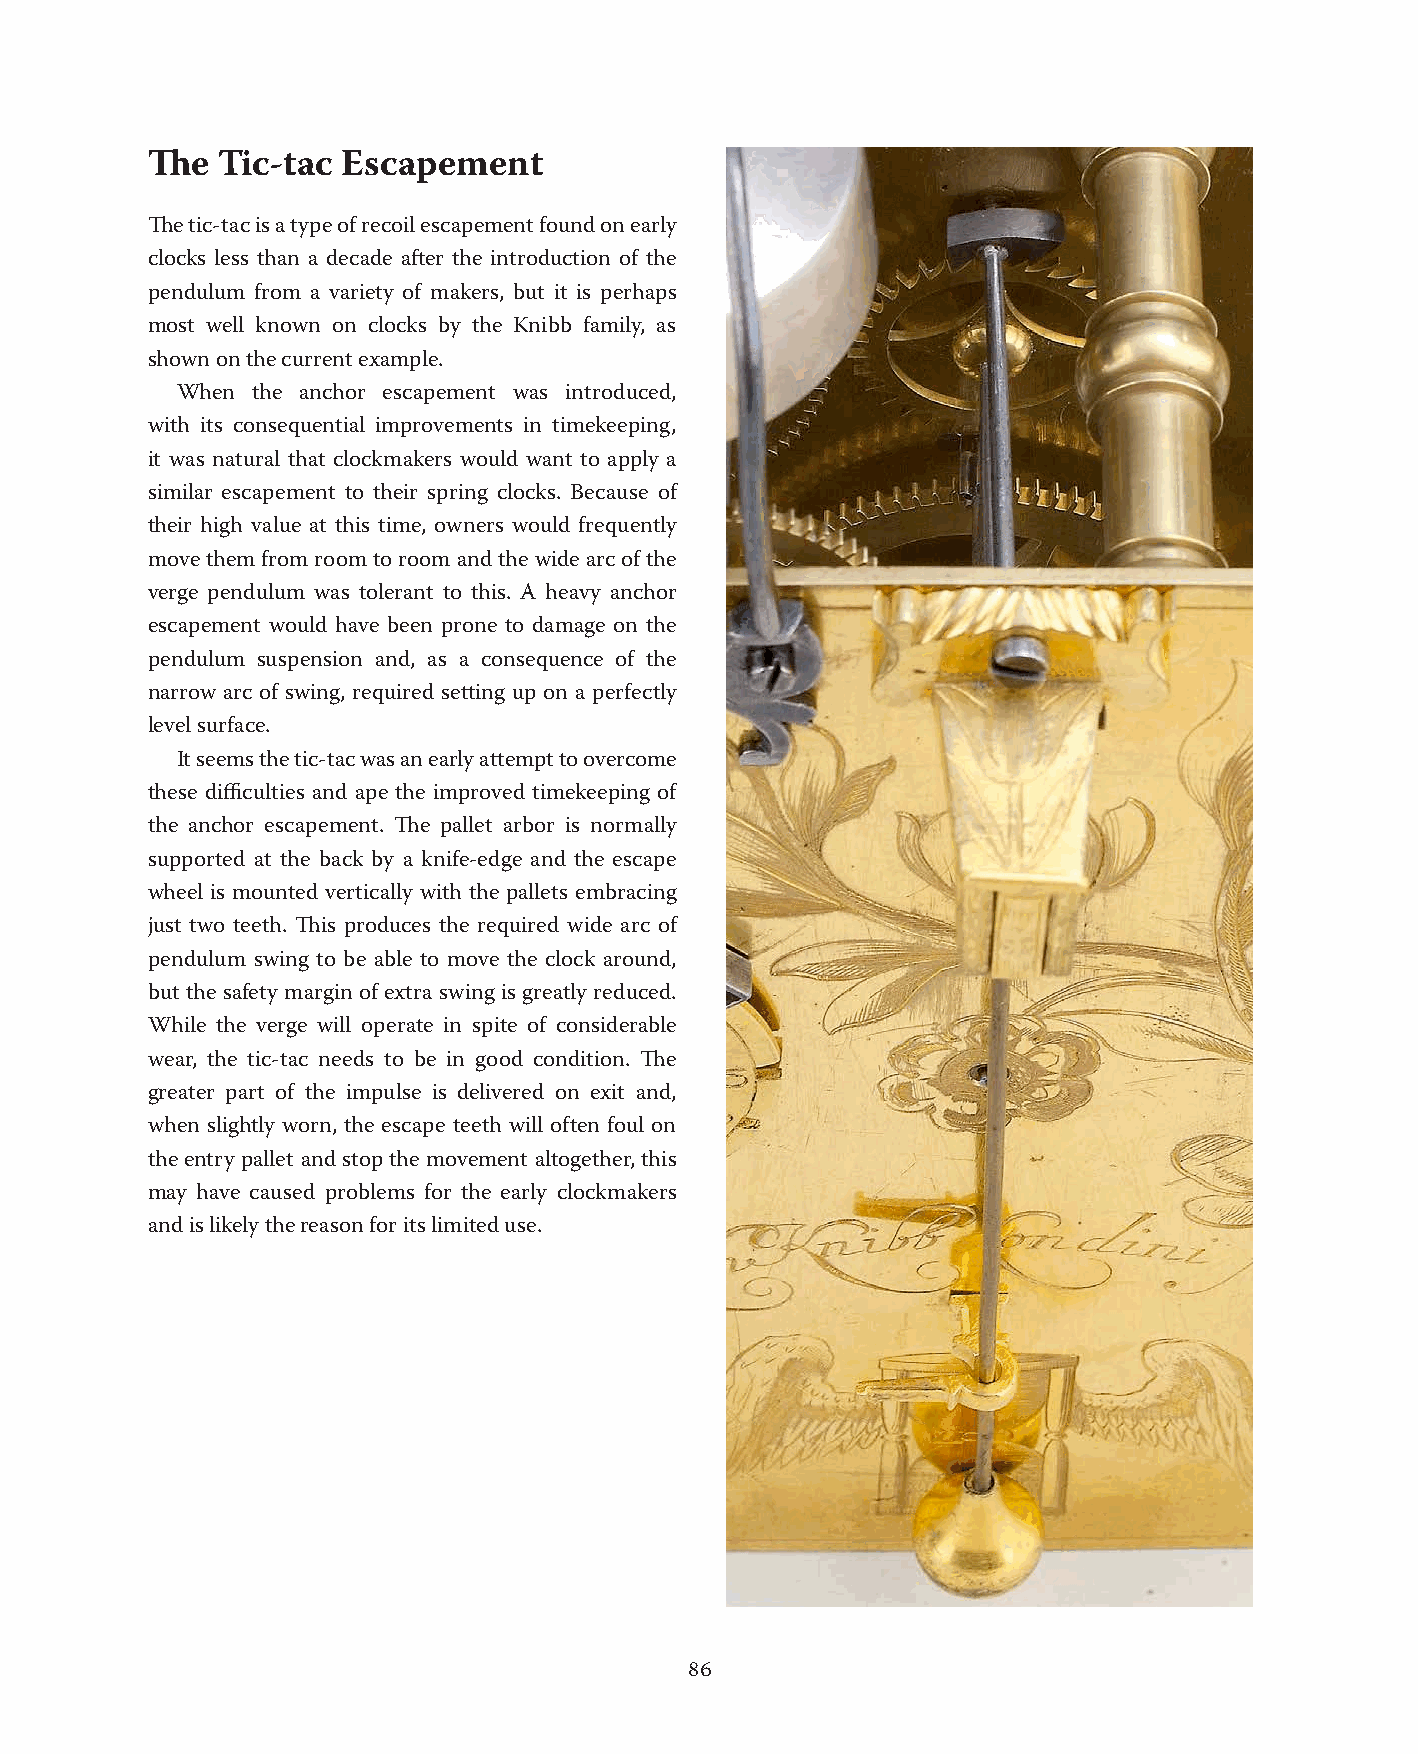
The Tic-tac  Escapement
 The tic-tac is a type of recoil escapement found on early
 clocks less than a decade after the introduction of the
 pendulum from a variety of makers, but it is perhaps
 most well known on clocks by the Knibb family, as
 shown on the current example.
 When the anchor escapement was introduced,
 with its consequential improvements in timekeeping,
 it was natural that clockmakers would want to apply a
 similar escapement to their spring clocks. Because of
 their high value at this time, owners would frequently
 move them from room to room and the wide arc of the
 verge pendulum was tolerant to this. A heavy anchor
 escapement would have been prone to damage on the
 pendulum suspension and, as a consequence of the
 narrow arc of swing, required setting up on a perfectly
 level surface.
 It seems the tic-tac was an early attempt to overcome
 these difficulties and ape the improved timekeeping of
 the anchor escapement. The pallet arbor is normally
 supported at the back by a knife-edge and the escape
 wheel is mounted vertically with the pallets embracing
 just two teeth. This produces the required wide arc of
 pendulum swing to be able to move the clock around,
 but the safety margin of extra swing is greatly reduced.
 While the verge will operate in spite of considerable
 wear, the tic-tac needs to be in good condition. The
 greater part of the impulse is delivered on exit and,
 when slightly worn, the escape teeth will often foul on
 the entry pallet and stop the movement altogether, this
 may have caused problems for the early clockmakers
 and is likely the reason for its limited use.
 86